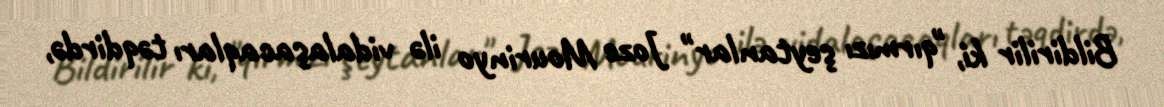
Bildirilir ki, "qırmızı şeytanlar" Joze Mourinyo ilə vidalaşacaqları təqdirdə,